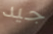
جيد